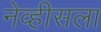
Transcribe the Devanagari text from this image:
नेव्हीसला